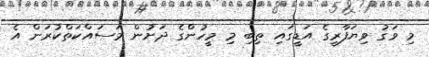
މި ވަގު ވިޔަފާރީގެ އަޑީގައި ތިބި މި މީހުންގެ ދަށުން މަސައްކަތްކުރަން އެ